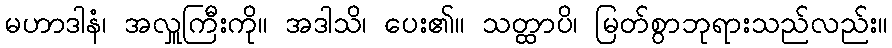
မဟာဒါနံ၊ အလှူကြီးကို။ အဒါသိ၊ ပေး၏။ သတ္ထာပိ၊ မြတ်စွာဘုရားသည်လည်း။